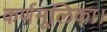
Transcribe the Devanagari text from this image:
कर्णमूलिका।